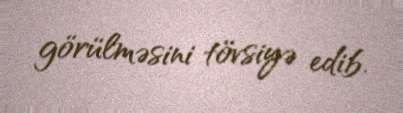
görülməsini tövsiyə edib.